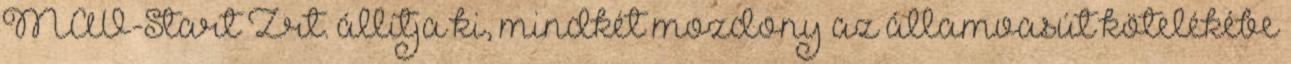
MÁV-Start Zrt. állítja ki, mindkét mozdony az államvasút kötelékébe